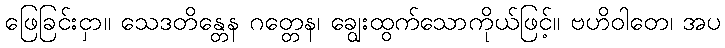
ဖြေခြင်းငှာ။ သေဒတိန္တေန ဂတ္တေန၊ ချွေးထွက်သောကိုယ်ဖြင့်။ ဗဟိဝါတေ၊ အပ